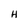
Character: H